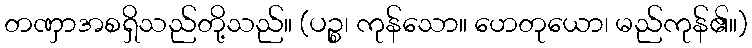
တဏှာအစရှိသည်တို့သည်။ (ပဉ္စ၊ ကုန်သော။ ဟေတုယော၊ မည်ကုန်၏။)